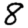
Digit: 8